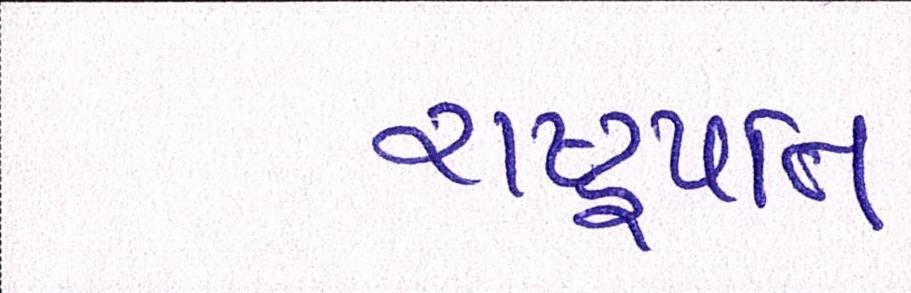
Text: રાષ્ટ્રપતિ